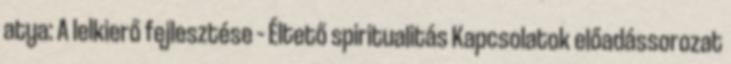
atya: A lelkierő fejlesztése – Éltető spiritualitás Kapcsolatok előadássorozat